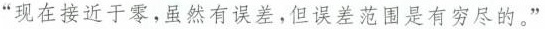
“现在接近于零，虽然有误差，但误差范围是有穷尽的。”